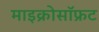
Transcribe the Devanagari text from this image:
माइक्रोसॉफ्रट